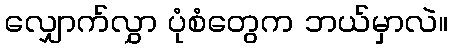
လျှောက်လွှာ ပုံစံတွေက ဘယ်မှာလဲ။